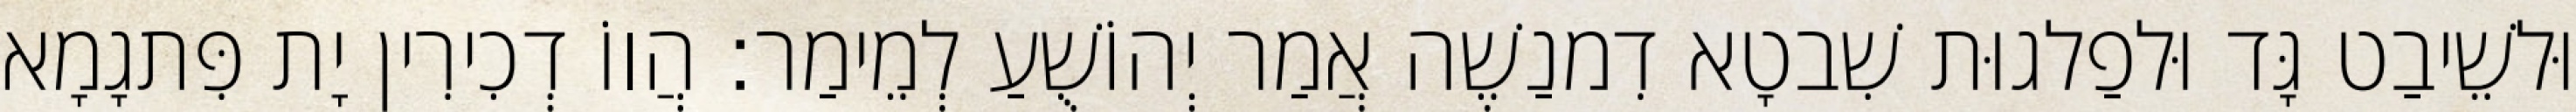
וּלשֵׁיבַט גָּד וּלפַלגוּת שִׁבטָא דִמנַשֶׁה אֲמַר יְהוֹשֻׁעַ לְמֵימַר׃ הֲווֹ דְכִירִין יָת פִּתגָמָא